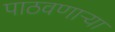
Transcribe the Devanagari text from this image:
पाठवणाऱ्या